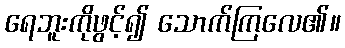
ရေဘူးကိုဖွင့်၍ သောက်ကြလေ၏။